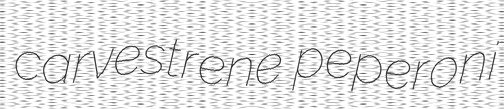
carvestrene peperoni